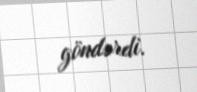
göndərdi.